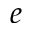
e